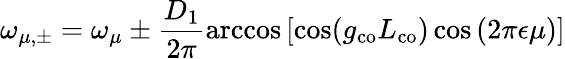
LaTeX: \omega_{\mu,\pm}=\omega_{\mu}\pm\frac{D_{1}}{2\pi}\operatorname{arccos}\left[\cos(g_{\mathrm{co}}L_{\mathrm{co}})\cos\left(2\pi\epsilon\mu\right)\right]